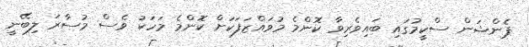
ޕެންޝަން ސްކީމުގައި ބައިވެރިވާ ކޮންމެ މުވައްޒަފަކަށް ކޮންމެ މަހަކު ވެސް މުސާރަ ލިބޭނީ